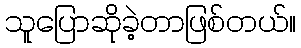
သူပြောဆိုခဲ့တာဖြစ်တယ်။